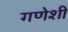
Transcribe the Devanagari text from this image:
गणेशी